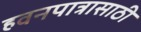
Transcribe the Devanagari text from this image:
हवनपात्रासाठी